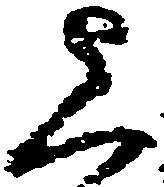
上